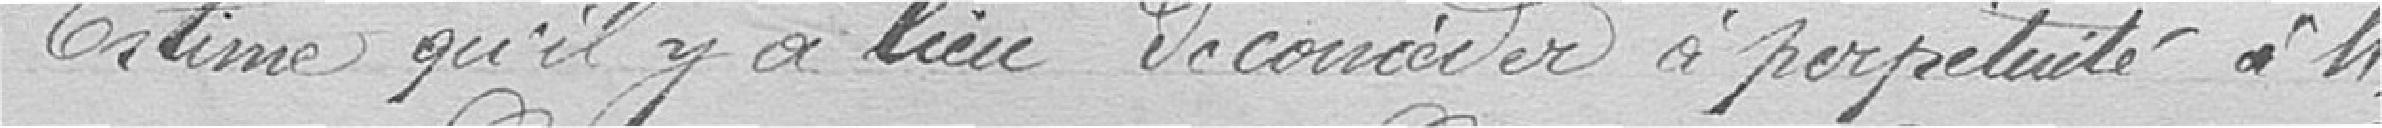
Estime qu'il y a lieu de concéder à perpétuité à M.